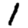
Digit: 1